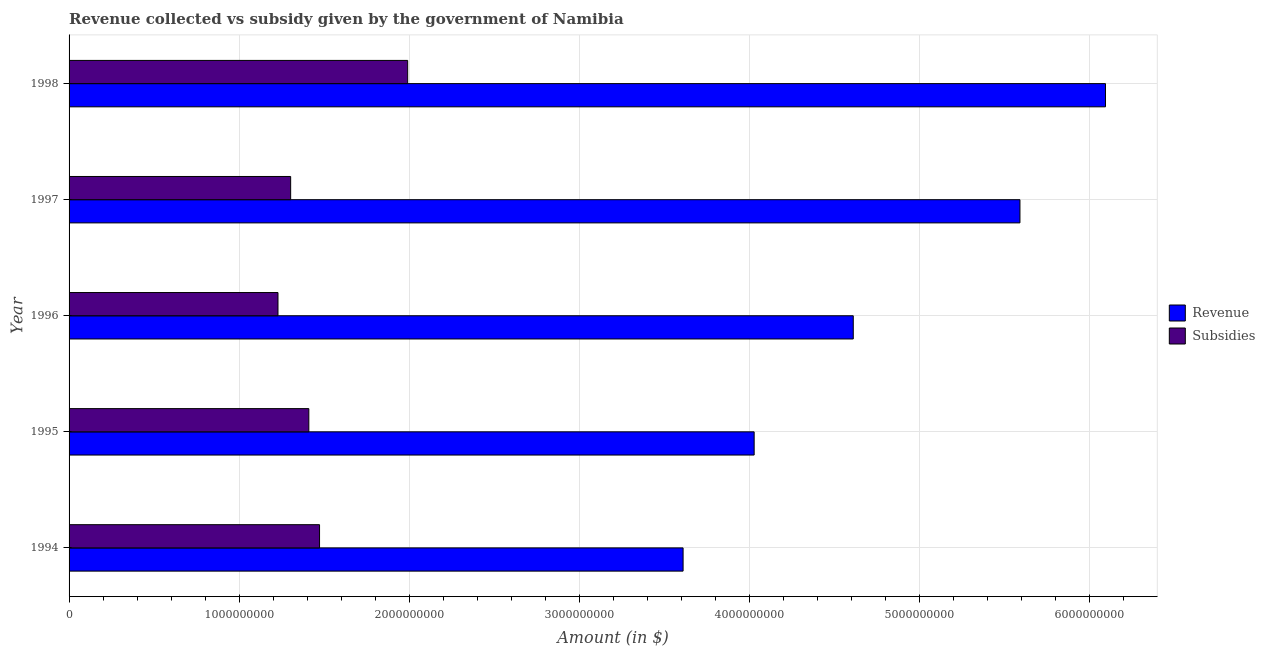
| Year | Revenue | Subsidies |
 | --- | --- | --- |
 | 1994 | 3.61e+09 | 1.47e+09 |
 | 1995 | 4.03e+09 | 1.41e+09 |
 | 1996 | 4.61e+09 | 1.23e+09 |
 | 1997 | 5.59e+09 | 1.3e+09 |
 | 1998 | 6.09e+09 | 1.99e+09 |